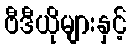
ဗီဒီယိုများနှင့်